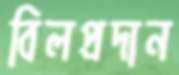
বিলপ্রদান